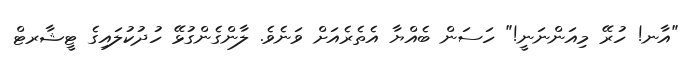
"އާނ! ހުރޭ މިއަންނަނީ!" ހަސަން ބެއްޔާ އެތެރެއަށް ވަނެވެ. ލާންގެންގުޅޭ ހުދުކުލައިގެ ޓީޝާރޓް